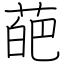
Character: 葩